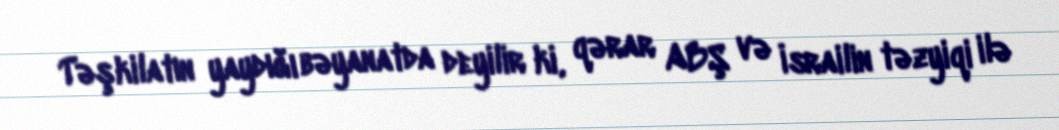
Təşkilatın yaydığı bəyanatda deyilir ki, qərar ABŞ və İsrailin təzyiqi ilə